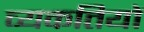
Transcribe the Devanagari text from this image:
व्यकतियों